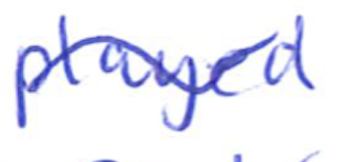
Text: played
Cross-out: wave
Writing tool: ballpoint